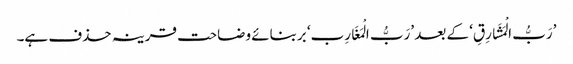
’رَبُّ الْمَشَارِقِ‘ کے بعد ’رَبُّ الْمَغَارِب‘ بربنائے وضاحت قرینہ حذف ہے۔